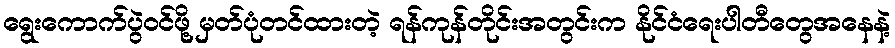
ရွေးကောက်ပွဲဝင်ဖို့ မှတ်ပုံတင်ထားတဲ့ ရန်ကုန်တိုင်းအတွင်းက နိုင်ငံရေးပါတီတွေအနေနဲ့